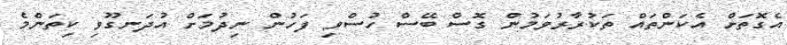
އެގޮތަށް އެކަންތައް ތަކުރާރުވަމުން ގޮސް ބޭސް ހުސްވި ފަހުން ނިދުމަށް އުދަނގޫވި ކިތަންމެ